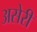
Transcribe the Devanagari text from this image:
असेरी